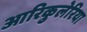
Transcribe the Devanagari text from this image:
आरिकुलेरिया